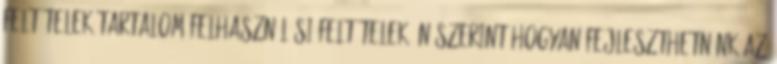
feltételek Tartalom felhasználási feltételek Ön szerint hogyan fejleszthetnénk az